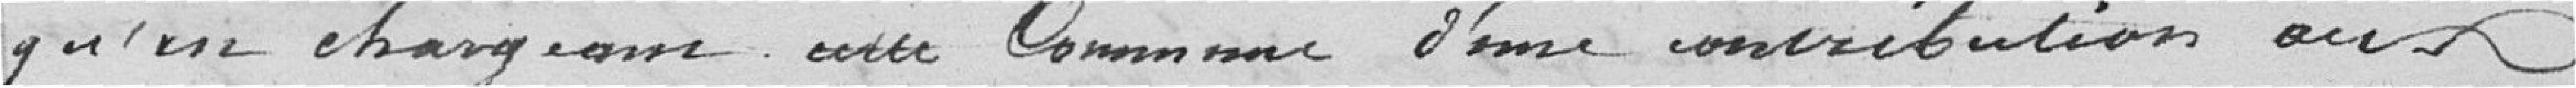
qu'en chargeant cette Comme d'une contribution aux